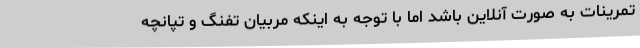
تمرینات به صورت آنلاین باشد اما با توجه به اینکه مربیان تفنگ و تپانچه